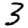
Digit: 3